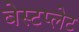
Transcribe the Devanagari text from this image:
बेस्टप्लेट